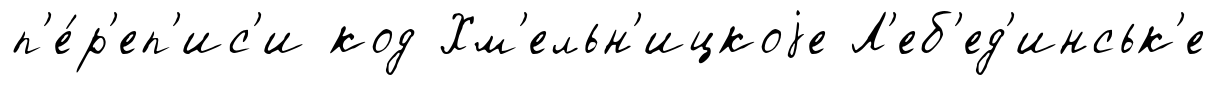
п'е́р'еп'ис'и код Хм'ельн'ицкоjе Л'еб'ед'инськ'е